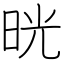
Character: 晄